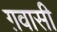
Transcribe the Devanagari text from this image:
ग़वासी